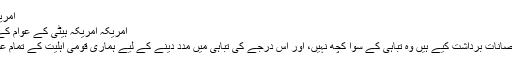
امریکہ ہیٹی کے عوام کے ساتھ ہے: صدر اوباما
امریکہ امریکہ ہیٹی کے عوام کے ساتھ ہے: صدر اوباما جنوری 14, 2010
صدر براک اوباما نے کہا کہ ہیٹی نے جو نقصانات برداشت کیے ہیں وہ تباہی کے سوا کچھ نہیں، اور اِس درجے کی تباہی میں مدد دینے کے لیے ہماری قومی اہلیت کے تمام عوامل کو بروئے کار لانے کی ضرورت ہے۔